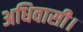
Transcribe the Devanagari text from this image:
अधिवासी।